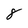
Character: 8